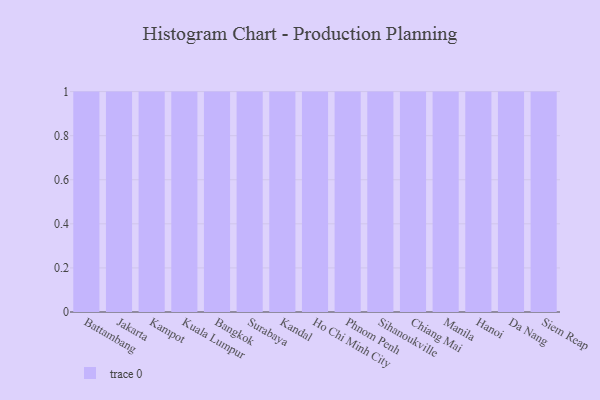
{"axis": {"x": "City", "y": "Customer Acquisition Cost (USD)"}, "legend": [""], "data": [{"x": "Battambang", "y": 8, "type": ""}, {"x": "Jakarta", "y": 52, "type": ""}, {"x": "Kampot", "y": 88, "type": ""}, {"x": "Kuala Lumpur", "y": 71, "type": ""}, {"x": "Bangkok", "y": 4, "type": ""}, {"x": "Surabaya", "y": 41, "type": ""}, {"x": "Kandal", "y": 70, "type": ""}, {"x": "Ho Chi Minh City", "y": 31, "type": ""}, {"x": "Phnom Penh", "y": 60, "type": ""}, {"x": "Sihanoukville", "y": 91, "type": ""}, {"x": "Chiang Mai", "y": 79, "type": ""}, {"x": "Manila", "y": 55, "type": ""}, {"x": "Hanoi", "y": 47, "type": ""}, {"x": "Da Nang", "y": 33, "type": ""}, {"x": "Siem Reap", "y": 56, "type": ""}]}